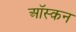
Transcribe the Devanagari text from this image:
ऑस्कन